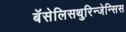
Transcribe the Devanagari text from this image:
बॅसेलिसथुरिन्जेन्सिस